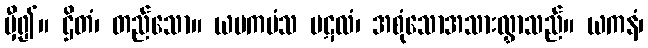
မှီ၍။ ဌိတံ၊ တည်သော။ ယမကမံသ ပဋလံ၊ အစုံသောအသားလွှာသည်။ ယကနံ၊